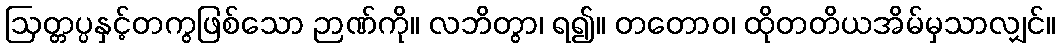
ဩတ္တပ္ပနှင့်တကွဖြစ်သော ဉာဏ်ကို။ လဘိတွာ၊ ရ၍။ တတောဝ၊ ထိုတတိယအိမ်မှသာလျှင်။